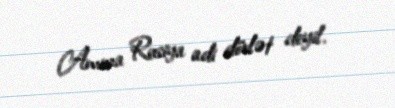
Amma Rusiya adi dövlət deyil.